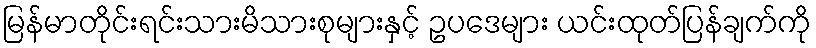
မြန်မာတိုင်းရင်းသားမိသားစုများနှင့် ဥပဒေများ ယင်းထုတ်ပြန်ချက်ကို